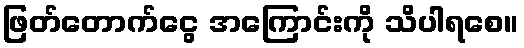
ဖြတ်တောက်ငွေ အကြောင်းကို သိပါရစေ။